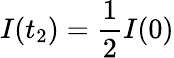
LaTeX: I(t_{2})=\frac{1}{2}I(0)